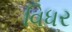
વિધર